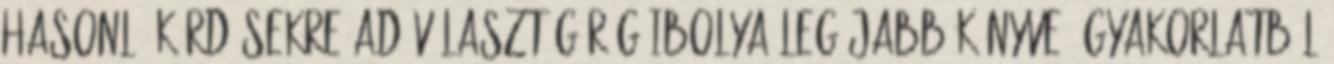
hasonló kérdésekre ad választ Görög Ibolya legújabb könyve, gyakorlatból